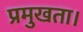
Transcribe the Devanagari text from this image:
प्रमुखता।